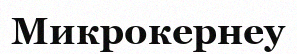
Микрокернеу